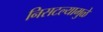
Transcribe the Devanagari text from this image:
निसटल्यामुळे